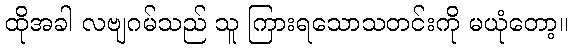
ထိုအခါ လဗျဂမ်သည် သူ ကြားရသောသတင်းကို မယုံတော့။